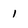
Character: 1